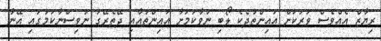
ރިޔާޒް އެއްވެސް ވަރަކަށް އައިންތުދެކެ ލޯބި ނުވާކަމަށާ އައިންތުއާއި ދޭތެރޭގަ ނުވިސްނާކަމުގައި އޭނާ